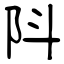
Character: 阧